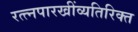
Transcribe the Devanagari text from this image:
रत्त्‍नपारखींव्यतिरिक्त